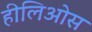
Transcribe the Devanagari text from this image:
हीलिओस